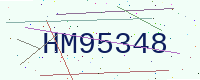
Text: HM95348